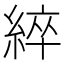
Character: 綷